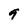
Character: 9